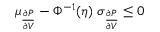
\mu _ { \frac { \partial P } { \partial V } } - \Phi ^ { - 1 } ( \eta ) \ \sigma _ { \frac { \partial P } { \partial V } } \leq 0